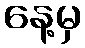
နေ့မှ